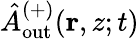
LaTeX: \hat{A}_{\mathrm{out}}^{(+)}(\mathbf{r},z;t)